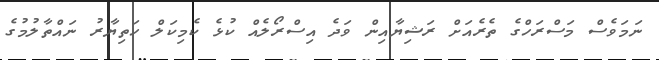
ނަމަވެސް މަސްރަހްގެ ތެރެއަށް ރަޝިޔާއިން ވަދެ އިސްރޯލެއް ކުޅެ ކެމިކަލް ހަތިޔާރު ނައްތާލުމުގެ